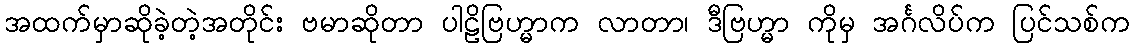
အထက်မှာဆိုခဲ့တဲ့အတိုင်း ဗမာဆိုတာ ပါဠိဗြဟ္မာက လာတာ၊ ဒီဗြဟ္မာ ကိုမှ အင်္ဂလိပ်က ပြင်သစ်က